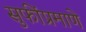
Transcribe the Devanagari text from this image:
सुफींप्रमाणे